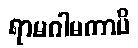
ရာမဂါမကာပိ